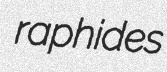
raphides